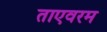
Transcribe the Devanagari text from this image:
ताएवरम